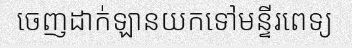
ចេញដាក់ឡានយកទៅមន្ទីរពេទ្យ